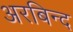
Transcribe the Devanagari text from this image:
अरबिन्द